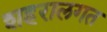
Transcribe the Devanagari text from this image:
शहरालगत